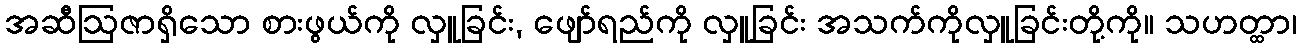
အဆီဩဇာရှိသော စားဖွယ်ကို လှူခြင်း, ဖျော်ရည်ကို လှူခြင်း အသက်ကိုလှူခြင်းတို့ကို။ သဟတ္ထာ၊